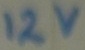
Text: 12V